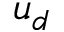
u _ { d }